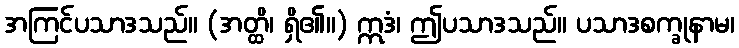
အကြင်ပသာဒသည်။ (အတ္ထိ၊ ရှိ၏။) ဣဒံ၊ ဤပသာဒသည်။ ပသာဒစက္ခုနာမ၊